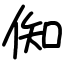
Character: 倁